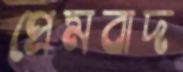
প্রেমবাদ